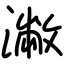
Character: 潎